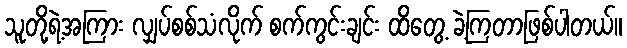
သူတို့ရဲ့အကြား လျှပ်စစ်သံလိုက် စက်ကွင်းချင်း ထိတွေ့ ခဲ့ကြတာဖြစ်ပါတယ်။